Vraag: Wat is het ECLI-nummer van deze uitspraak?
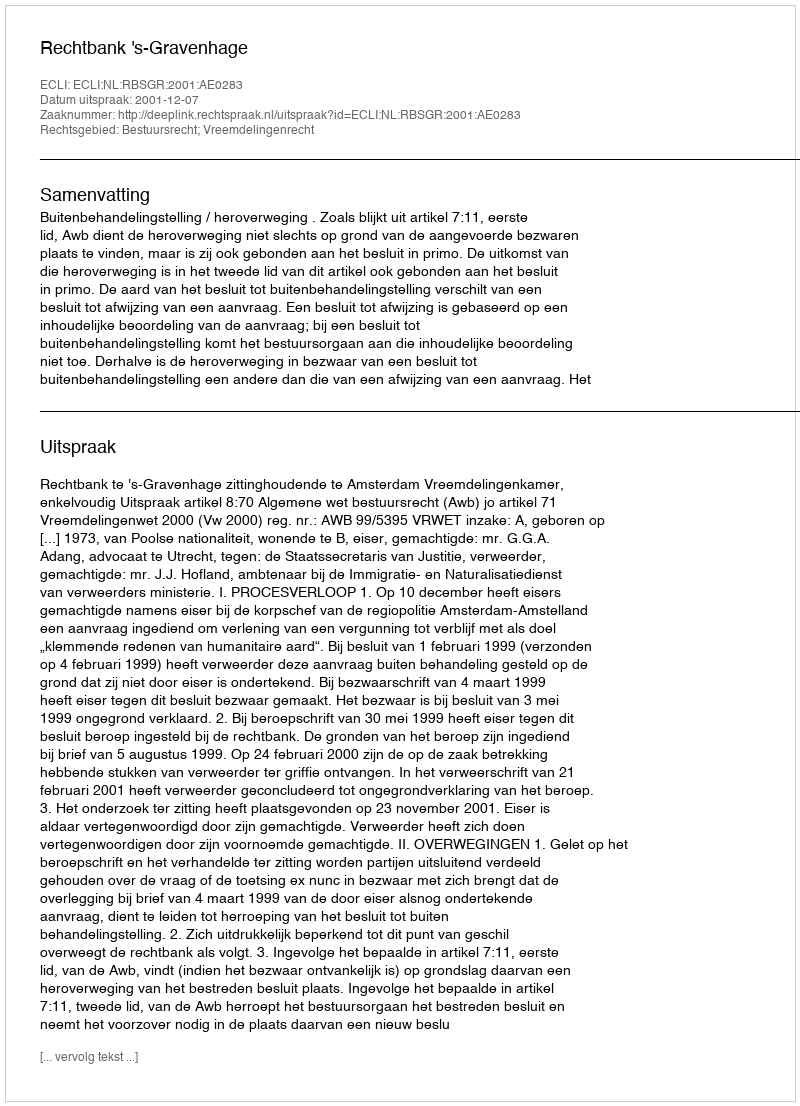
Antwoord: ECLI:NL:RBSGR:2001:AE0283